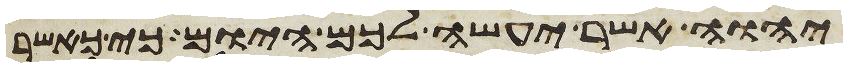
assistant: יהוה אשר יעשה לכם היום כי כאשר